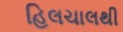
હિલચાલથી